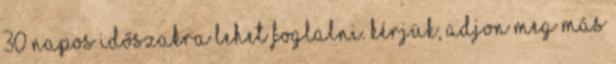
30 napos időszakra lehet foglalni. Kérjük, adjon meg más